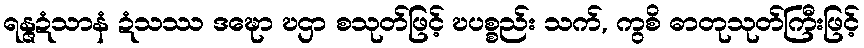
ရန္ဇဍံသာနံ ဍံသဿ ဒဍ္ဎော ဎဌာ စသုတ်ဖြင့် ဎပစ္စည်း သက်, ကွစိ ဓာတုသုတ်ကြီးဖြင့်